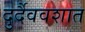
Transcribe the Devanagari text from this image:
दुर्दैववशात